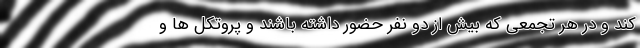
کند و در هر تجمعی که بیش از دو نفر حضور داشته باشند و پروتکل ها ‌و